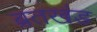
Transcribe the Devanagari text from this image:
ब्रतखंड